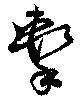
撃